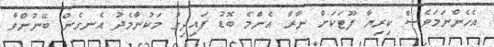
އެހެންނަމަވެސް ކިރިޔާ ފޫޓަކަށް ނާރާ އެންމެ ބޮޑު ފައިދިގު މަކުނާމެދު އެނގެން ބޭނުންވާ